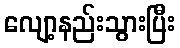
လျော့နည်းသွားပြီး